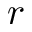
r